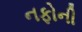
નફોની